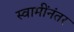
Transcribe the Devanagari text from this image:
स्वामींनंतर